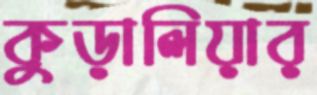
কুড়ালিয়ার